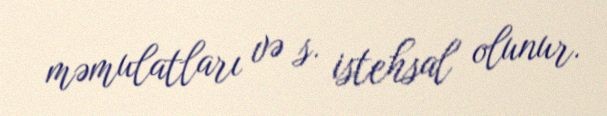
məmulatları və s. istehsal olunur.